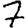
Digit: 7